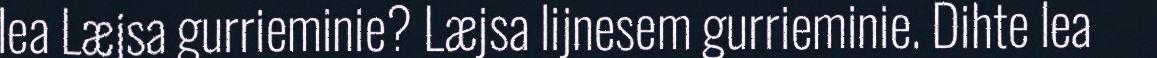
lea Læjsa gurrieminie? Læjsa lijnesem gurrieminie. Dihte lea